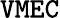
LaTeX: \texttt{VMEC}